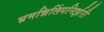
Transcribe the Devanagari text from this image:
भ्रमन्निलिंपनिर्झरी